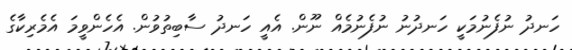
ހަނދު ނުފެނުމަކީ ހަނދުނު ނުފެނުމެއް ނޫން. އެއީ ހަނދު ސާބިތުވުން. އެހެންވީމަ އެމެރިކާގެ